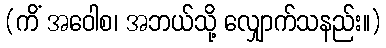
(ကိံ အဝေါစ၊ အဘယ်သို့ လျှောက်သနည်း။)